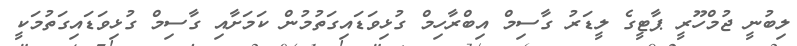
ލިބުނީ ޖުމްހޫރީ ޕާޓީގެ ލީޑަރު ގާސިމް އިބްރާހިމް ގުޅިވަޑައިގަތުމުން ކަމަށާއި ގާސިމް ގުޅިވަޑައިގަތުމަކީ